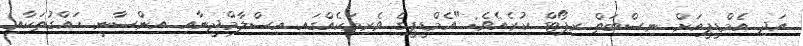
އަދި އެމްޑީޕީއަށް ނިސްބަތް ރިޕޯޓް ކުރެއެވެ: "އެމްޑީޕީގެ ވެރިމަކެއްގައި އިސްލާމްދީނާއި އިންސާނީ ހައްގުތަކާއި